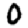
Digit: 0